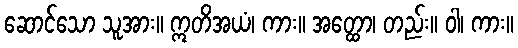
ဆောင်သော သူအား။ ဣတိအယံ၊ ကား။ အတ္ထော၊ တည်း။ ဝါ၊ ကား။